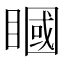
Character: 𥊞